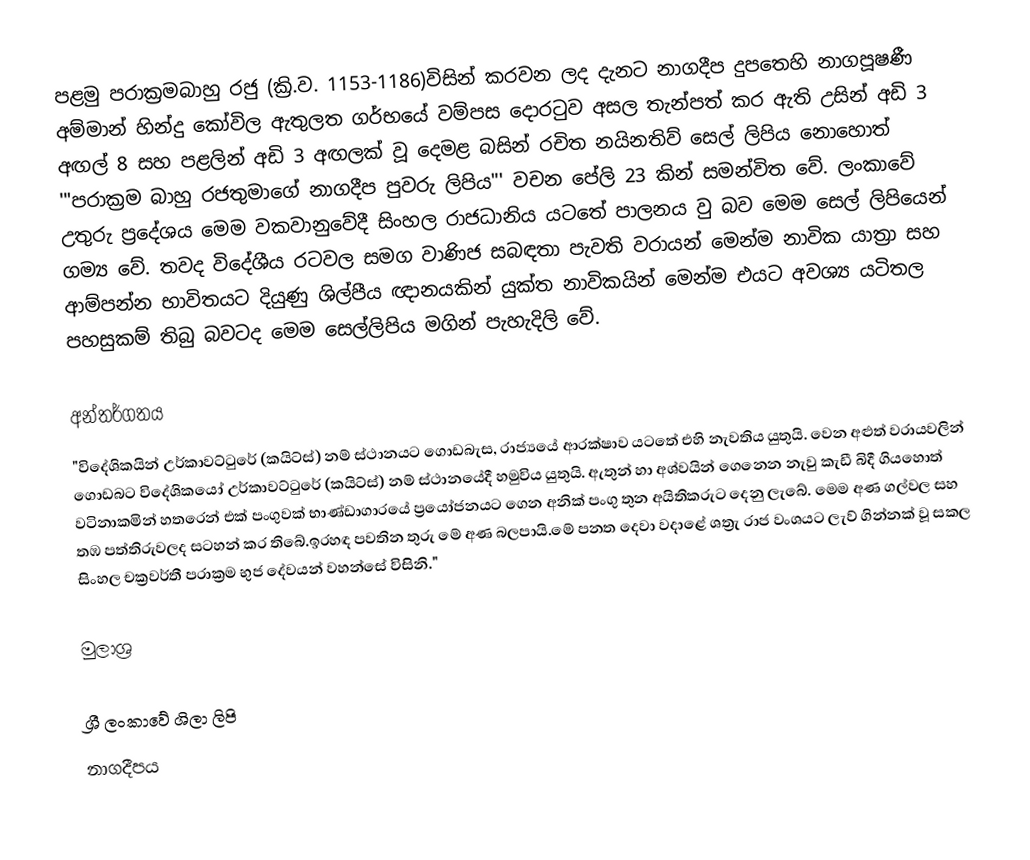
පළමු පරාක්‍රමබාහු රජු (ක්‍රි.ව. 1153-1186)විසින් කරවන ලද දැනට නාගදීප දුපතෙහි නාගපූෂණී අම්මාන්  හින්දු කෝවිල ඇතුලත ගර්භයේ වම්පස දොරටුව අසල තැන්පත් කර ඇති උසින් අඩි 3 අඟල් 8 සහ පළලින් අඩි 3 අඟලක් වූ දෙමළ බසින් රචිත නයිනතිව් සෙල් ලිපිය නොහොත් '"පරාක්‍රම බාහු රජතුමාගේ නාගදීප පුවරු ලිපිය"' වචන පේලි 23 කින් සමන්විත වේ. ලංකාවේ උතුරු ප්‍රදේශය මෙම වකවානුවේදී සිංහල රාජධානිය යටතේ පාලනය වු බව මෙම සෙල් ලිපියෙන් ගම්‍ය වේ. තවද විදේශීය රටවල සමග වාණිජ සබඳතා පැවති වරායන් මෙන්ම නාවික යාත්‍රා සහ ආම්පන්න භාවිතයට දියුණු ශිල්පීය ඥානයකින් යුක්ත නාවිකයින් මෙන්ම එයට අවශ්‍ය යටිතල පහසුකම් තිබු බවටද මෙම සෙල්ලිපිය මගින් පැහැදිලි වේ.

අන්තර්ගතය
"විදේශිකයින් උර්කාවට්ටුරේ (කයිට්ස්) නම් ස්ථානයට ගොඩබැස, රාජ්‍යයේ ආරක්ෂාව යටතේ එහි නැවතිය යුතුයි. වෙන අළුත් වරායවලින් ගොඩබට විදේශිකයෝ උර්කාවට්ටුරේ (කයිට්ස්) නම් ස්ථානයේදී හමුවිය යුතුයි. ඇතුන් හා අශ්වයින් ගෙනෙන නැවු කැඩී බිදී ගියහොත් වටිනාකමින් හතරෙන් එක් පංගුවක් භාණ්ඩාගාරයේ ප්‍රයෝජනයට ගෙන අනික් පංගු තුන අයිතිකරුට දෙනු ලැබේ. මෙම අණ ගල්වල සහ තඹ පත්තිරුවලද සටහන් කර තිබේ.ඉරහඳ පවතින තුරු මේ අණ බලපායි.මේ පනත දෙවා වදාළේ ශත්‍රැ රාජ වංශයට ලැව් ගින්නක්‌ වූ සකල සිංහල චක්‍රවර්තී පරාක්‍රම භුජ දේවයන් වහන්සේ විසිනි."

මුලාශ්‍ර

ශ්‍රී ලංකාවේ ශිලා ලිපි
නාගදීපය